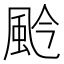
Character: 𩖦